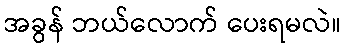
အခွန် ဘယ်လောက် ပေးရမလဲ။